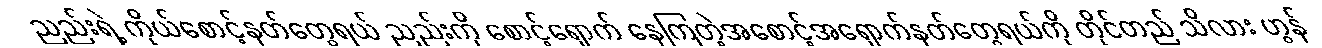
ညည်းရဲ့ ကိုယ်စောင့်နတ်တွေရယ် ညည်းကို စောင့်ရှောက် နေကြတဲ့အစောင့်အရှောက်နတ်တွေရယ်ကို တိုင်တည် သိလား ဟွန်